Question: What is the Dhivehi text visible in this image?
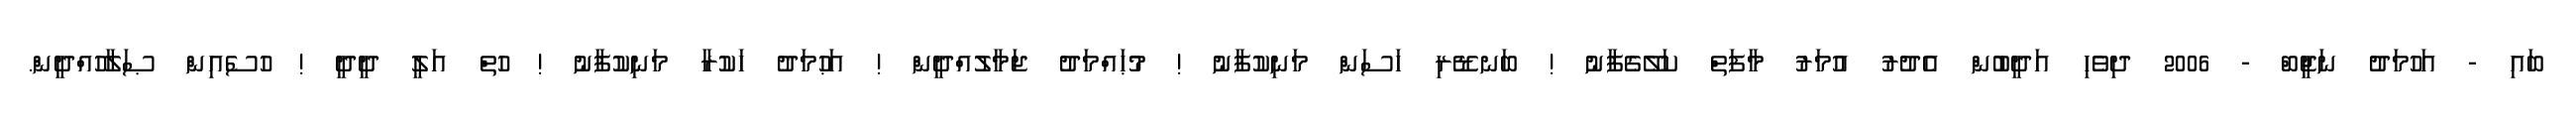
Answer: ބައި - އަހުމަދު ނަޖީބް - 2006 ދިވެހި އަދީބުން އެދުރު އުމަރު މާފަތް ކަލޭގެފާނު ! ބަނޑޭރި ހަސަން މަނިކުފާނު ! މުޙައްމަދު ޖަމާލުއްދީން ! އަޙުމަދު ހަކުރާ މަނިކުފާނު ! ހުތް އަލީ ދީދީ ! ހުސެއިން ޞަލާހުއްދީން.